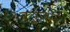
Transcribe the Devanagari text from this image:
क्यूज़ीन